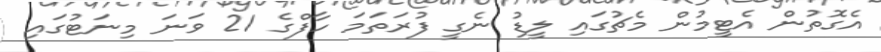
އެގޮތުން އެޓީމުން މެޗުގައި ލީޑު ނެގީ ފުރަތަމަ ހާފްގެ 21 ވަނަ މިނަޓުގައި